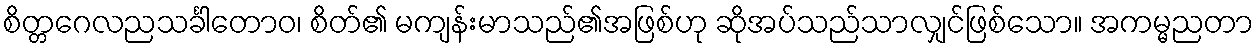
စိတ္တဂေလညသင်္ခါတောဝ၊ စိတ်၏ မကျန်းမာသည်၏အဖြစ်ဟု ဆိုအပ်သည်သာလျှင်ဖြစ်သော။ အကမ္မညတာ